Annual report on the health of the army in India
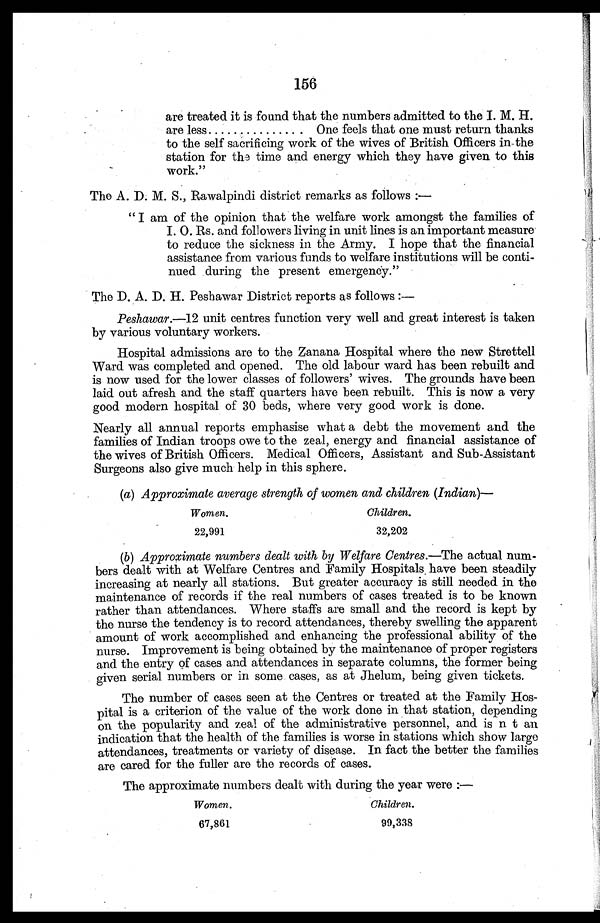
156
are treated it is found that the numbers admitted to the I. M. H.
are less................ One feels that one must return thanks
to the self sacrificing work of the wives of British Officers in the
station for the time and energy which they have given to this
work."
The A. D. M. S., Rawalpindi district remarks as follows:—
"I am of the opinion that the welfare work amongst the families of
I. O. Rs. and followers living in unit lines is an important measure
to reduce the sickness in the Army. I hope that the financial
assistance from various funds to welfare institutions will be conti
-nued during the present emergency."
The D. A. D. H. Peshawar District reports as follows:
—
Peshawar.-12 unit centres function very well and great interest is taken
by various voluntary workers.
Hospital admissions are to the Zanana Hospital where the new Strettell
Ward was completed and opened. The old labour ward has been rebuilt and
is now used for the lower classes of followers' wives. The grounds have been
laid out afresh and the staff quarters have been rebuilt. This is now a very
good modern hospital of 30 beds, where very good work is done.
Nearly all annual reports emphasise what a debt the movement and the
families of Indian troops owe to the zeal, energy and financial assistance of
the wives of British Officers. Medical Officers, Assistant and Sub-Assistant
Surgeons also give much help in this sphere.
(a)
Approximate average strength of women and children (Indian)—
Women.
Children.
22,991
32,202
(b)
Approximate numbers dealt with by Welfare Centres.—The actual num
-bers dealt with at Welfare Centres and Family Hospitals have been steadily
increasing at nearly all stations. But greater accuracy is still needed in the
maintenance of records if the real numbers of cases treated is to be known
rather than attendances. Where staffs are small and the record is kept by
the nurse the tendency is to record attendances, thereby swelling the apparent
amount of work accomplished and enhancing the professional ability of the
nurse. Improvement is being obtained by the maintenance of proper registers
and the entry of cases and attendances in separate columns, the former being
given serial numbers or in some cases, as at Jhelum, being given tickets.
The number of cases seen at the Centres or treated at the Family Hos
-pital is a criterion of the value of the work done in that station, depending
on the popularity and zeal of the administrative personnel, and is n t an
indication that the health of the families is worse in stations which show large
attendances, treatments or variety of disease. In fact the better the families
are cared for the fuller are the records of cases.
The approximate numbers dealt with during the year were:—
Women.
Children.
67,861
99,338